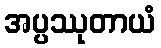
အပ္ပဿုတာယံ